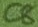
Text: C8